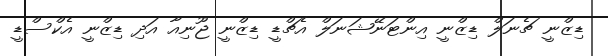
ޑިޒްނީ ޗެނަލް ޑިޒްނީ އިންޓަނޭޝަނަލް އެޗްޑީ ޑިޒްނީ ޖޫނިއާ އަދި ޑިޒްނީ އެކްސްޑީ